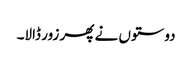
دوستوں نے پھر زور ڈالا۔